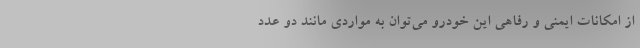
از امکانات ایمنی و رفاهی این خودرو می‌توان به مواردی مانند دو عدد